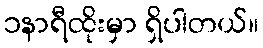
၁နာရီထိုးမှာ ရှိပါတယ်။